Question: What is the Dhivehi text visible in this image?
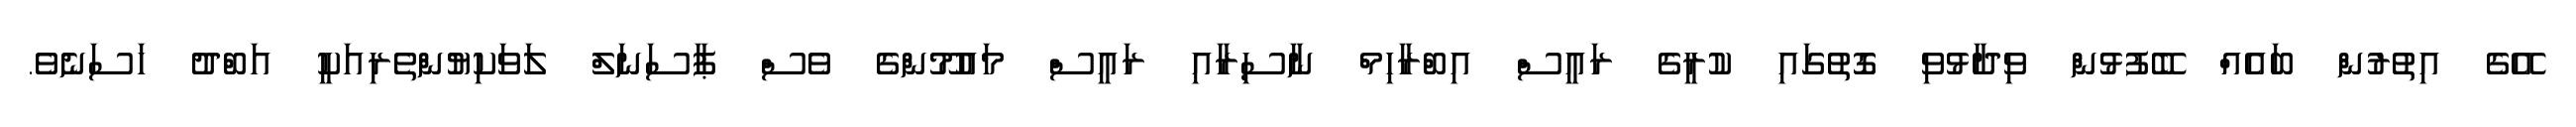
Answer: އޭގެ އިތުރުން ބައެއް ބޭފުޅުން ވިދާޅުވި ގޮތުގައި ކުރީގެ ރައީސް އިބްރާހިމް ނާސިރާއި ރައީސް މައުމޫންގެ ވެސް ޕާސަނަލް ލަވަކިޔުންތެރިއަކީ އަބްދު ހަސަނެވެ.